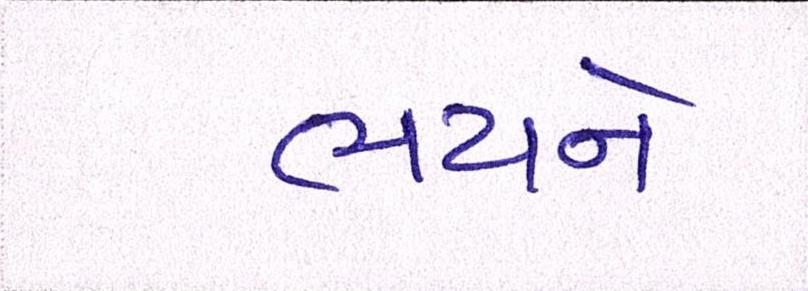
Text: ભયને